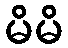
မိမိ